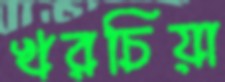
খরচিয়া